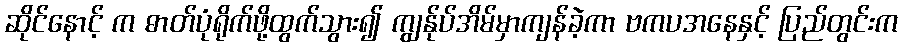
ဆိုင်နောင့် က ဓာတ်ပုံရိုက်ဖို့ထွက်သွား၍ ကျွန်ုပ်အိမ်မှာကျန်ခဲ့ကာ ဗကပအနေနှင့် ပြည်တွင်းက